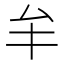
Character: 𠫚